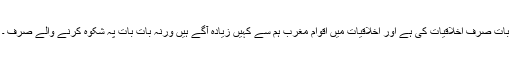
بات صرف اخلاقیات کی ہے اور اخلاقیات میں اقوام مغرب ہم سے کہیں زیادہ آگے ہیں ورنہ بات بات پہ شکوہ کرنے والے صرف ۔